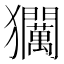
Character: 𱮰